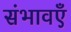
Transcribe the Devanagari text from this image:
संभावएँ